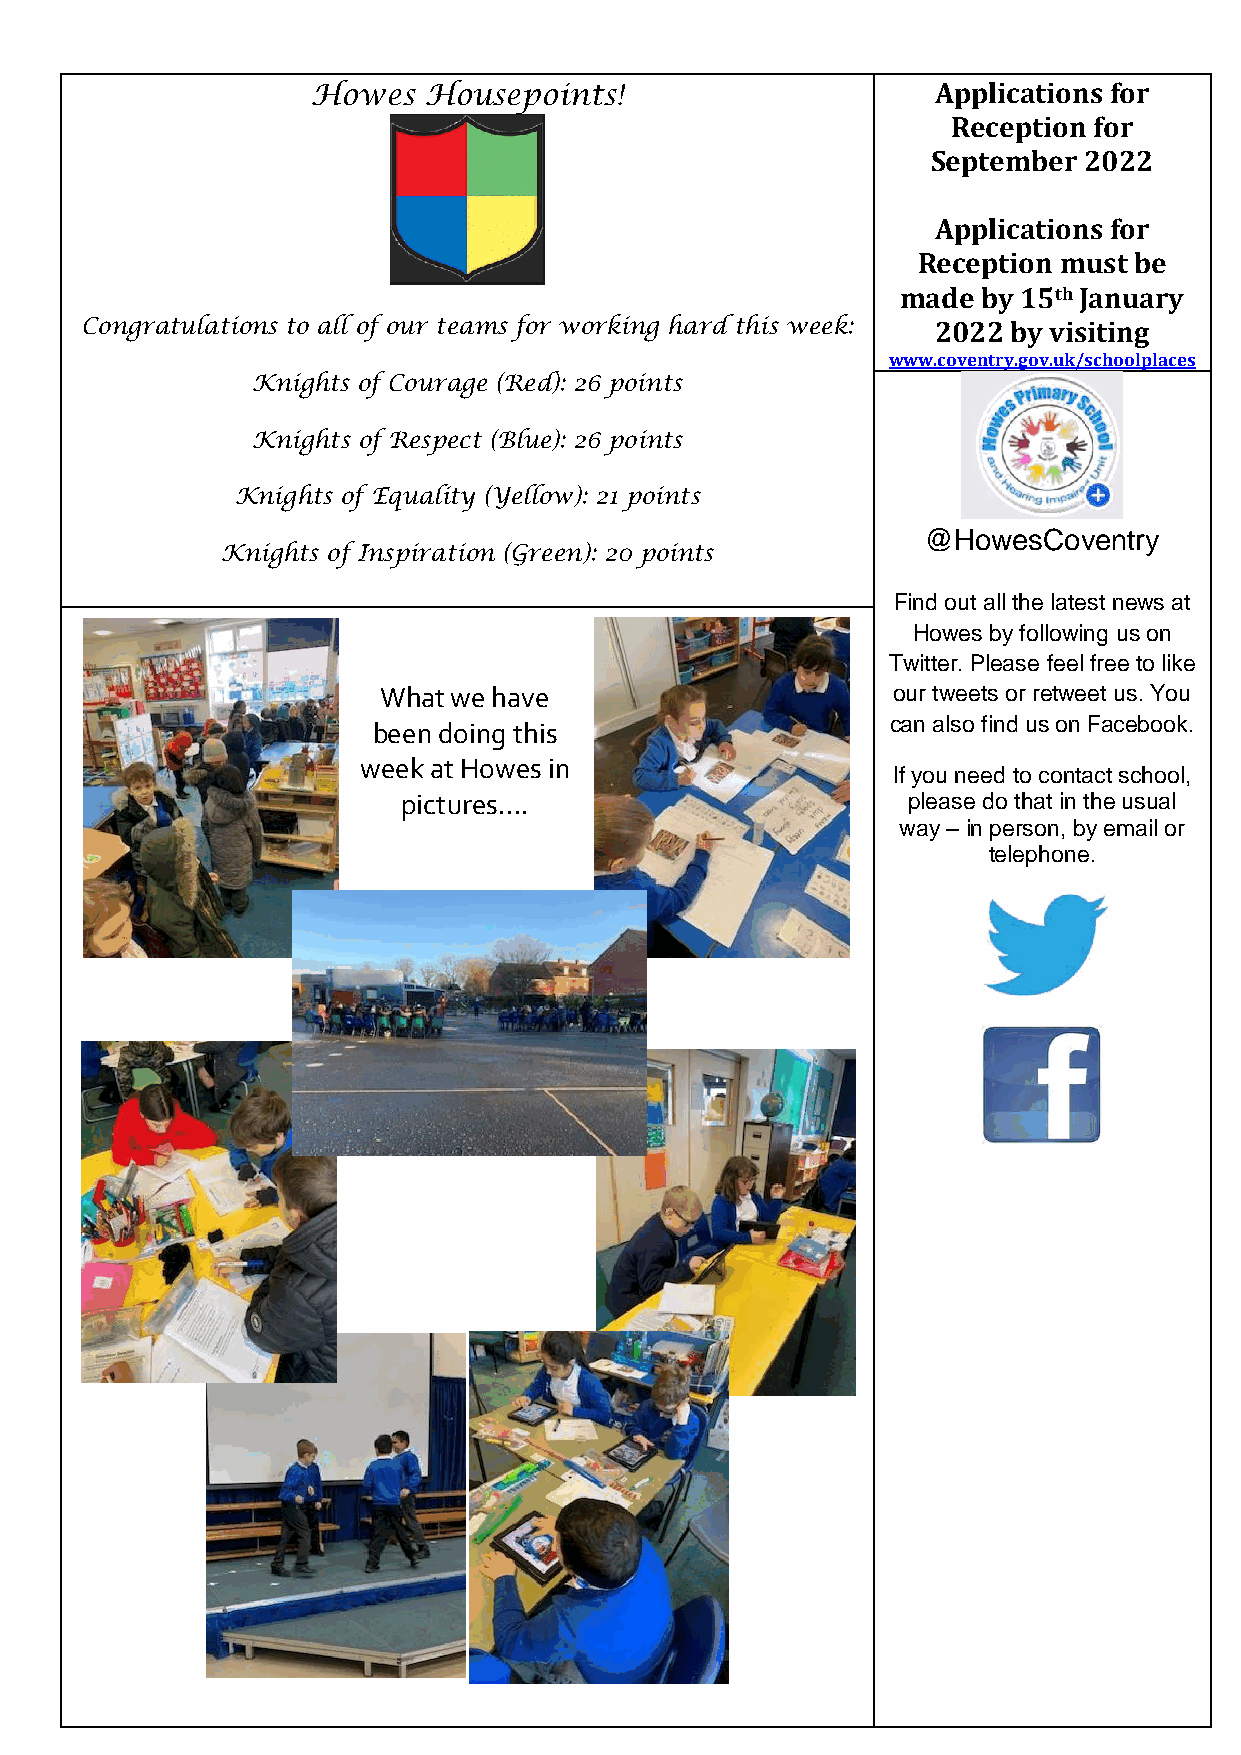
Howes  Housepoints!                      Applications for
 Reception for
 September 2022
 Applications for
 Reception must be
 made by 15th January
 Congratulations to all of our teams for working hard this week: 2022 by visiting
 www.coventry.gov.uk/schoolplaces
 Knights of Courage (Red): 26 points
 Knights of Respect (Blue): 26 points
 Knights of Equality (Yellow): 21 points
 @HowesCoventry
 Knights of Inspiration (Green): 20 points
 Find out all the latest news at
 Howes by following us on
 Twitter. Please feel free to like
 What we have                      our tweets or retweet us. You
 can also find us on Facebook.
 been doing this
 week at Howes in
 If you need to contact school,
 pictures….                       please do that in the usual
 way – in person, by email or
 telephone.